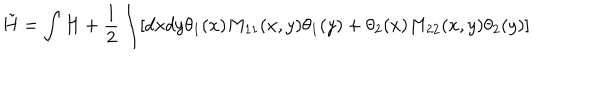
LaTeX: \tilde { H } = \int H + { \frac { 1 } { 2 } } \int [ d x d y \theta _ { 1 } ( x ) M _ { 1 1 } ( x , y ) \theta _ { 1 } ( y ) + \theta _ { 2 } ( x ) M _ { 2 2 } ( x , y ) \theta _ { 2 } ( y ) ]